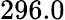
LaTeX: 296.0